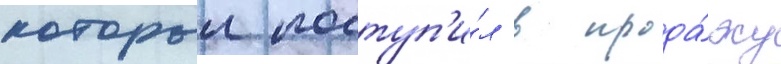
которыи поступ'и́л в прода́жу